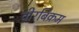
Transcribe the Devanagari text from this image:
वीरबिक्रम